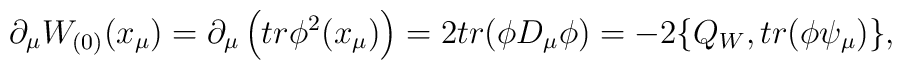
\partial_{\mu} W_{(0)}(x_{\mu}) = \partial_{\mu}\left(tr\phi^{2}(x_{\mu})  \right)= 2tr(\phi D_{\mu}\phi ) = -2\{Q_{W}, tr (\phi\psi_{\mu} )\},